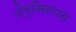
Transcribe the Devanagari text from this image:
ज़ेयुक्सिप्पस